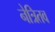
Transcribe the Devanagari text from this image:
नेत्रितव